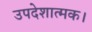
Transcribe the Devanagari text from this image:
उपदेशात्मक।